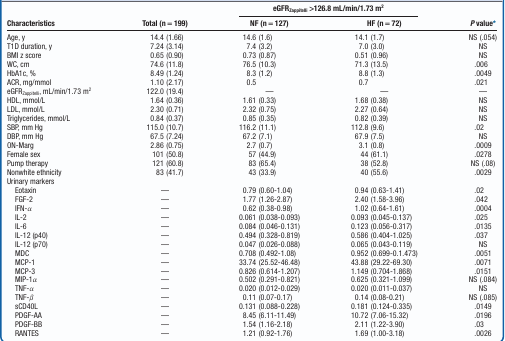
<table><thead><tr><td rowspan="2"><b>Characteristics</b></td><td rowspan="2"><b>Total (n = 199)</b></td><td colspan="2"><b>eGFR<sub>Zappitelli</sub> &gt;126.8 mL/min/1.73 m<sup>2</sup></b></td><td rowspan="2"><b><i>P</i> value*</b></td></tr><tr><td><b>NF (n = 127)</b></td><td><b>HF (n = 72)</b></td></tr></thead><tbody><tr><td>Age, y</td><td>14.4 (1.66)</td><td>14.6 (1.6)</td><td>14.1 (1.7)</td><td>NS (.054)</td></tr><tr><td>T1D duration, y</td><td>7.24 (3.14)</td><td>7.4 (3.2)</td><td>7.0 (3.0)</td><td>NS</td></tr><tr><td>BMI z score</td><td>0.65 (0.90)</td><td>0.73 (0.87)</td><td>0.51 (0.96)</td><td>NS</td></tr><tr><td>WC, cm</td><td>74.6 (11.8)</td><td>76.5 (10.3)</td><td>71.3 (13.5)</td><td>.006</td></tr><tr><td>HbA1c, %</td><td>8.49 (1.24)</td><td>8.3 (1.2)</td><td>8.8 (1.3)</td><td>.0049</td></tr><tr><td>ACR, mg/mmol</td><td>1.10 (2.17)</td><td>0.5</td><td>0.7</td><td>.021</td></tr><tr><td>eGFR<sub>Zappitelli</sub>, mL/min/1.73 m<sup>2</sup></td><td>122.0 (19.4)</td><td>—</td><td>—</td><td>—</td></tr><tr><td>HDL, mmol/L</td><td>1.64 (0.36)</td><td>1.61 (0.33)</td><td>1.68 (0.38)</td><td>NS</td></tr><tr><td>LDL, mmol/L</td><td>2.30 (0.71)</td><td>2.32 (0.75)</td><td>2.27 (0.64)</td><td>NS</td></tr><tr><td>Triglycerides, mmol/L</td><td>0.84 (0.37)</td><td>0.85 (0.35)</td><td>0.82 (0.39)</td><td>NS</td></tr><tr><td>SBP, mm Hg</td><td>115.0 (10.7)</td><td>116.2 (11.1)</td><td>112.8 (9.6)</td><td>.02</td></tr><tr><td>DBP, mm Hg</td><td>67.5 (7.24)</td><td>67.2 (7.1)</td><td>67.9 (7.5)</td><td>NS</td></tr><tr><td>ON-Marg</td><td>2.86 (0.75)</td><td>2.7 (0.7)</td><td>3.1 (0.8)</td><td>.0009</td></tr><tr><td>Female sex</td><td>101 (50.8)</td><td>57 (44.9)</td><td>44 (61.1)</td><td>.0278</td></tr><tr><td>Pump therapy</td><td>121 (60.8)</td><td>83 (65.4)</td><td>38 (52.8)</td><td>NS (.08)</td></tr><tr><td>Nonwhite ethnicity</td><td>83 (41.7)</td><td>43 (33.9)</td><td>40 (55.6)</td><td>.0029</td></tr><tr><td>Urinary markers</td><td></td><td></td><td></td><td></td></tr><tr><td> Eotaxin</td><td>—</td><td>0.79 (0.60-1.04)</td><td>0.94 (0.63-1.41)</td><td>.02</td></tr><tr><td> FGF-2</td><td>—</td><td>1.77 (1.26-2.87)</td><td>2.40 (1.58-3.96)</td><td>.042</td></tr><tr><td> IFN-α</td><td>—</td><td>0.62 (0.38-0.98)</td><td>1.02 (0.64-1.61)</td><td>.0004</td></tr><tr><td> IL-2</td><td>—</td><td>0.061 (0.038-0.093)</td><td>0.093 (0.045-0.137)</td><td>.025</td></tr><tr><td> IL-6</td><td>—</td><td>0.084 (0.046-0.131)</td><td>0.123 (0.056-0.317)</td><td>.0135</td></tr><tr><td> IL-12 (p40)</td><td>—</td><td>0.494 (0.328-0.819)</td><td>0.586 (0.404-1.025)</td><td>.037</td></tr><tr><td> IL-12 (p70)</td><td>—</td><td>0.047 (0.026-0.088)</td><td>0.065 (0.043-0.119)</td><td>NS</td></tr><tr><td> MDC</td><td>—</td><td>0.708 (0.492-1.08)</td><td>0.952 (0.699-0.1.473)</td><td>.0051</td></tr><tr><td> MCP-1</td><td>—</td><td>33.74 (25.52-46.48)</td><td>43.88 (29.22-69.30)</td><td>.0071</td></tr><tr><td> MCP-3</td><td>—</td><td>0.826 (0.614-1.207)</td><td>1.149 (0.704-1.868)</td><td>.0151</td></tr><tr><td> MIP-1α</td><td>—</td><td>0.502 (0.291-0.821)</td><td>0.625 (0.321-1.099)</td><td>NS (.084)</td></tr><tr><td> TNF-α</td><td>—</td><td>0.020 (0.012-0.029)</td><td>0.020 (0.011-0.037)</td><td>NS</td></tr><tr><td> TNF-β</td><td>—</td><td>0.11 (0.07-0.17)</td><td>0.14 (0.08-0.21)</td><td>NS (.085)</td></tr><tr><td> sCD40L</td><td>—</td><td>0.131 (0.088-0.228)</td><td>0.181 (0.124-0.335)</td><td>.0149</td></tr><tr><td> PDGF-AA</td><td>—</td><td>8.45 (6.11-11.49)</td><td>10.72 (7.06-15.32)</td><td>.0196</td></tr><tr><td> PDGF-BB</td><td>—</td><td>1.54 (1.16-2.18)</td><td>2.11 (1.22-3.90)</td><td>.03</td></tr><tr><td> RANTES</td><td>—</td><td>1.21 (0.92-1.76)</td><td>1.69 (1.00-3.18)</td><td>.0026</td></tr></tbody></table>